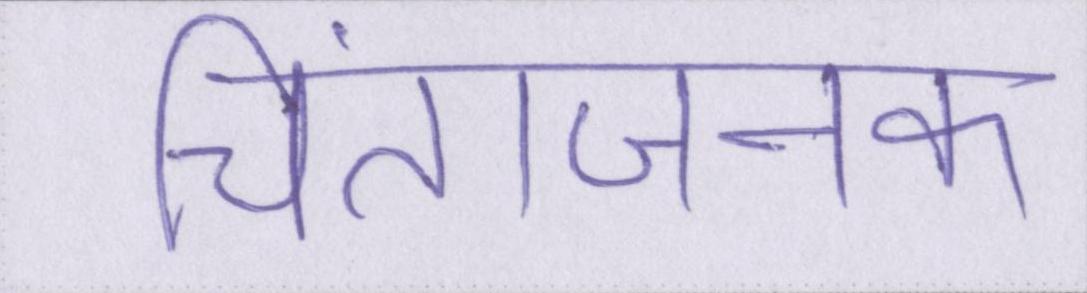
चिंताजनक